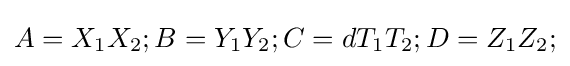
A=X_{1}X_{2};B=Y_{1}Y_{2};C=dT_{1}T_{2};D=Z_{1}Z_{2};